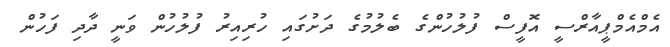
އެމްއެމްޕީއާރްސީ އޮފީސް ފުލުހުންގެ ބެލުމުގެ ދަށުގައި ހުރިއިރު ފުލުހުން ވަނީ ދާދި ފަހުން